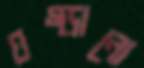
ঘষ্‌ড়ানো